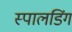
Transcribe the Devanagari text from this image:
स्पालडिंग